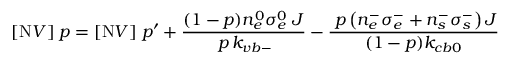
[ \mathrm { N } V ] \; p = [ \mathrm { N } V ] \; p ^ { \prime } + \frac { ( 1 - p ) n _ { e } ^ { 0 } \sigma _ { e } ^ { 0 } \; J } { \, p \, k _ { v b - } } - \frac { \; p \left( n _ { e } ^ { - } \sigma _ { e } ^ { - } + n _ { s } ^ { - } \sigma _ { s } ^ { - } \right) J } { ( 1 - p ) k _ { c b 0 } }